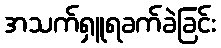
အသက်ရှူရခက်ခဲခြင်း